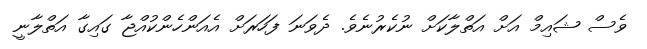
ވެސް ޝައިމް އަށް އަތްލާކަށް ނުކެރުނެވެ. ދެވަނަ ފަހަރަށް އެއަންހެންކުއްޖާ ގައިގާ އަތްލާނީ